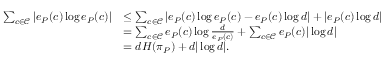
\begin{array} { r l } { \sum _ { c \in \mathcal { C } } | e _ { P } ( c ) \log e _ { P } ( c ) | } & { \leq \sum _ { c \in \mathcal { C } } | e _ { P } ( c ) \log e _ { P } ( c ) - e _ { P } ( c ) \log d | + | e _ { P } ( c ) \log d | } \\ & { = \sum _ { c \in \mathcal { C } } e _ { P } ( c ) \log \frac { d } { e _ { P } ( c ) } + \sum _ { c \in \mathcal { C } } e _ { P } ( c ) | \log d | } \\ & { = d H ( \pi _ { P } ) + d | \log d | . } \end{array}